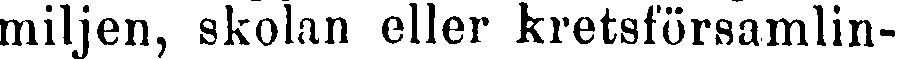
miljen, skolan eller kretsförsamlin-